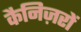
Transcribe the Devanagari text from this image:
कैनिज़रों